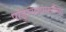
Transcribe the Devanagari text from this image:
पांडुरंगशास्स्त्रींच्या